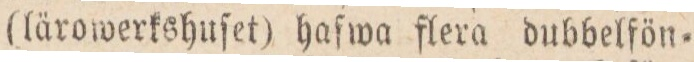
(lärowerkshuſet) haſwa flera dubbelfön=